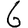
Digit: 6